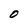
Character: O